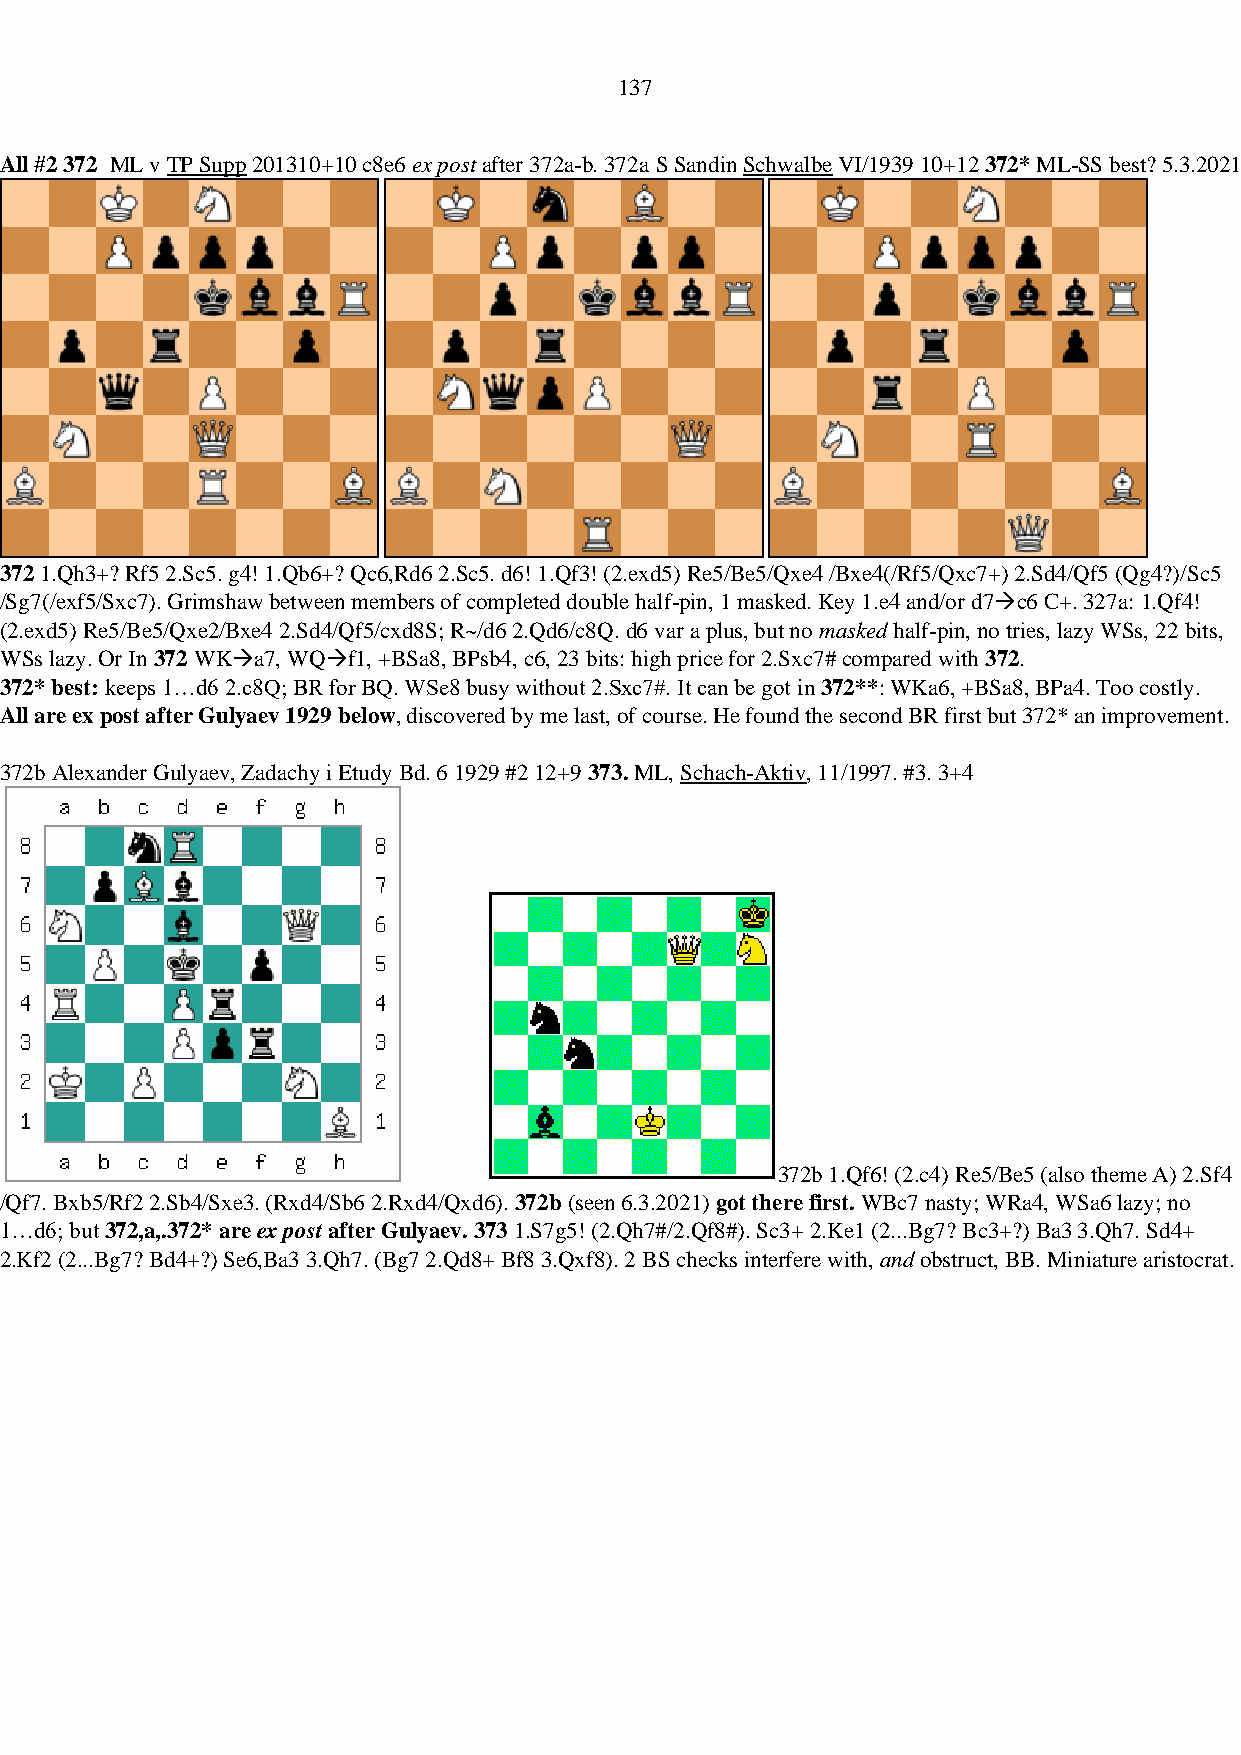
137
 All #2 372 ML v TP Supp 201310+10 c8e6 ex post after 372a-b. 372a S Sandin Schwalbe VI/1939 10+12 372* ML-SS best? 5.3.2021 10+11 b8e6
 372 1.Qh3+? Rf5 2.Sc5. g4! 1.Qb6+? Qc6,Rd6 2.Sc5. d6! 1.Qf3! (2.exd5) Re5/Be5/Qxe4 /Bxe4(/Rf5/Qxc7+) 2.Sd4/Qf5 (Qg4?)/Sc5
 /Sg7(/exf5/Sxc7). Grimshaw between members of completed double half-pin, 1 masked. Key 1.e4 and/or d7→c6 C+. 327a: 1.Qf4!
 (2.exd5) Re5/Be5/Qxe2/Bxe4 2.Sd4/Qf5/cxd8S; R~/d6 2.Qd6/c8Q. d6 var a plus, but no masked half-pin, no tries, lazy WSs, 22 bits,
 WSs lazy. Or In 372 WK→a7, WQ→f1, +BSa8, BPsb4, c6, 23 bits: high price for 2.Sxc7# compared with 372.
 372* best: keeps 1…d6 2.c8Q; BR for BQ. WSe8 busy without 2.Sxc7#. It can be got in 372**: WKa6, +BSa8, BPa4. Too costly.
 All are ex post after Gulyaev 1929 below, discovered by me last, of course. He found the second BR first but 372* an improvement.
 372b Alexander Gulyaev, Zadachy i Etudy Bd. 6 1929 #2 12+9 373. ML, Schach-Aktiv, 11/1997. #3. 3+4
 372b 1.Qf6! (2.c4) Re5/Be5 (also theme A) 2.Sf4
 /Qf7. Bxb5/Rf2 2.Sb4/Sxe3. (Rxd4/Sb6 2.Rxd4/Qxd6). 372b (seen 6.3.2021) got there first. WBc7 nasty; WRa4, WSa6 lazy; no
 1…d6; but 372,a,.372* are ex post after Gulyaev. 373 1.S7g5! (2.Qh7#/2.Qf8#). Sc3+ 2.Ke1 (2...Bg7? Bc3+?) Ba3 3.Qh7. Sd4+
 2.Kf2 (2...Bg7? Bd4+?) Se6,Ba3 3.Qh7. (Bg7 2.Qd8+ Bf8 3.Qxf8). 2 BS checks interfere with, and obstruct, BB. Miniature aristocrat.